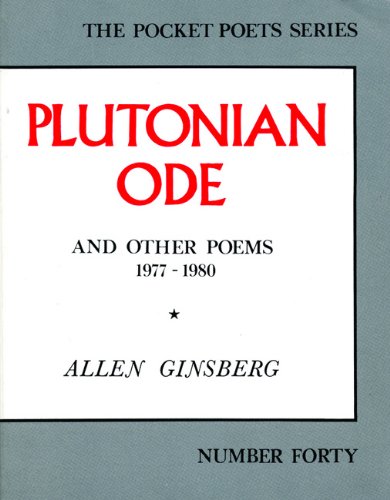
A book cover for Plutonian Ode: And Other Poems 1977-1980 (City Lights Pocket Poets Series); Allen Ginsberg; Gay & Lesbian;